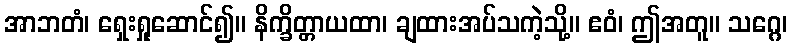
အာဘတံ၊ ရှေးရှုဆောင်၍။ နိက္ခိတ္တာယထာ၊ ချထားအပ်သကဲ့သို့။ ဧဝံ၊ ဤအတူ။ သဂ္ဂေ၊